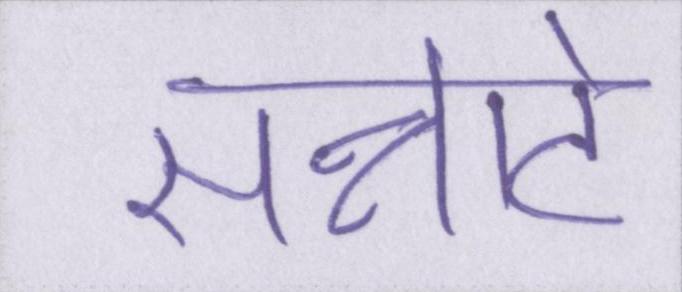
सन्नाटे